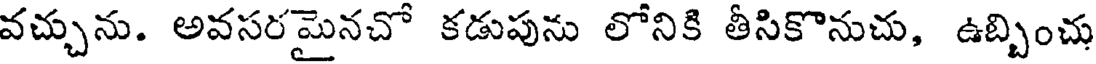
వచ్చును. అవసరమైనచో కడుపును లోనికి తీసికొనుచు, ఉబ్బించు